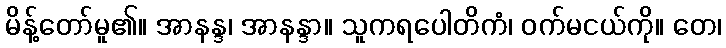
မိန့်တော်မူ၏။ အာနန္ဒ၊ အာနန္ဒာ။ သူကရပေါတိကံ၊ ဝက်မငယ်ကို။ တေ၊